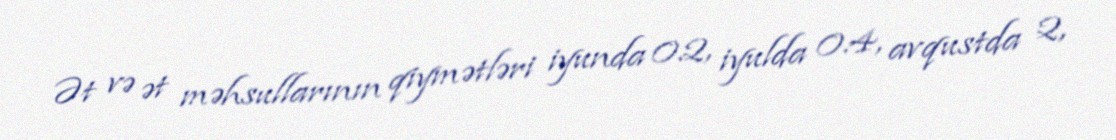
Ət və ət məhsullarının qiymətləri iyunda 0.2, iyulda 0.4, avqustda 2,